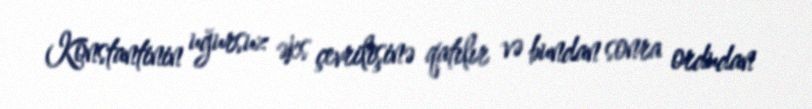
Konstantinin uğursuz əks çevrilişinə qatılır və bundan sonra ordudan